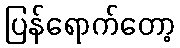
ပြန်ရောက်တော့